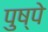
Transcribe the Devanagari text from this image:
पुष्पे